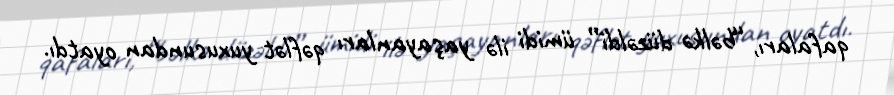
qafaları, “bəlkə düzəldi” ümidi ilə yaşayanları qəflət yuxusundan oyatdı.